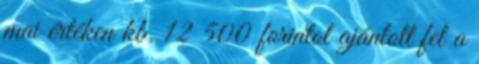
mai értéken kb. 12 500 forintot ajánlott fel a